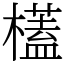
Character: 㯼